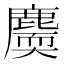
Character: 𪋐